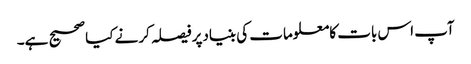
آپ اس بات کامعلومات کی بنیادپرفیصلہ کرنے کیاصحیح ہے۔